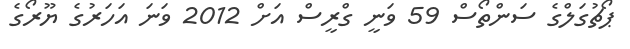
ޕޯޗުގަލްގެ ސަންތޯސް 59 ވަނީ ގްރީސް އަށް 2012 ވަނަ އަހަރުގެ ޔޫރޯގެ